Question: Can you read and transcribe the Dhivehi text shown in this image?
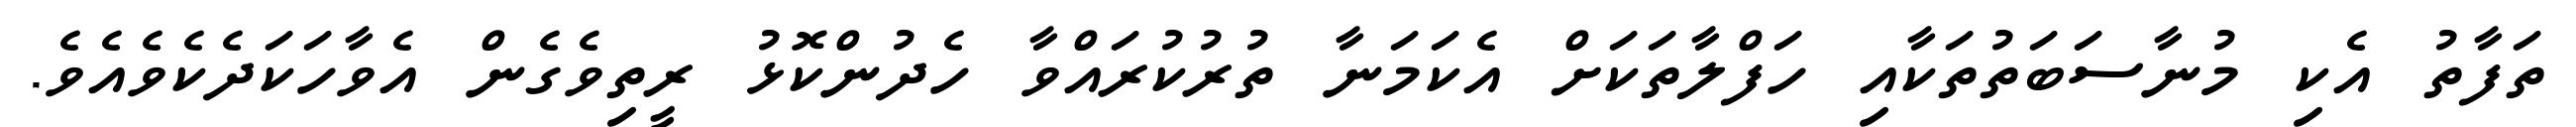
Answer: ތަފާތު އެކި މުނާސަބަތުތަކާއި ހަފްލާތަކަށް އެކަމަނާ ތުރުކުރައްވާ ހެދުންކޮޅު ރީތިވެގެން އެވާހަކަދެކެވެއެވެ.